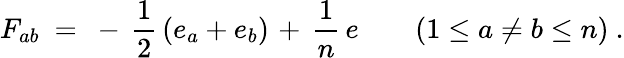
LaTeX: F_{ab}~=~-\, {\frac{1}{2}}\left(e_{a}+e_{b}\right)\; \! +\, {\frac{1}{n}}\, e\qquad(1\leq a\neq b\leq n)~.